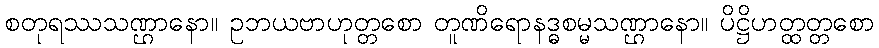
စတုရဿသဏ္ဌာနော။ ဥဘယဗာဟုတ္တစော တူဏိရောနဒ္ဓစမ္မသဏ္ဌာနော။ ပိဋ္ဌိဟတ္ထတ္တစော